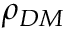
\rho _ { D M }